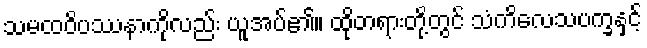
သမထဝိပဿနာကိုလည်း ယူအပ်၏။ ထိုတရားတို့တွင် သံကိလေသပက္ခနှင့်